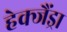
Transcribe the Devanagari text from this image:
हेक्जैंड्रा